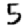
Digit: 5